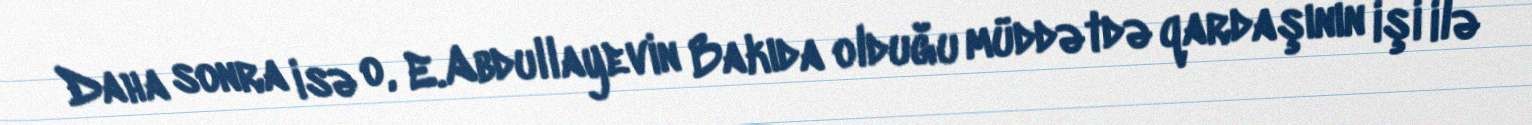
Daha sonra isə o, E.Abdullayevin Bakıda olduğu müddətdə qardaşının işi ilə